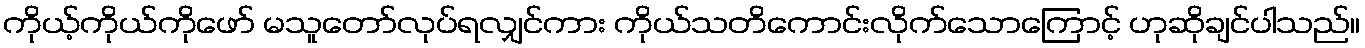
ကိုယ့်ကိုယ်ကိုဖော် မသူတော်လုပ်ရလျှင်ကား ကိုယ်သတိကောင်းလိုက်သောကြောင့် ဟုဆိုချင်ပါသည်။